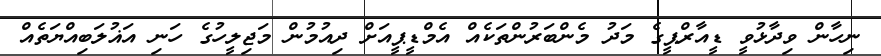
ނިހާން ވިދާޅުވީ ޑީއާރްޕީގެ މަދު މެންބަރުންތަކެއް އެމްޑީޕީއަށް ދިއުމުން މަޖިލީހުގެ ހަނި އަޣުލަބިއްޔަތެއް